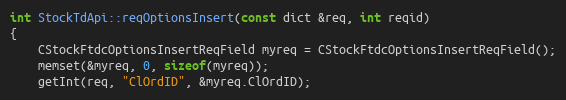
Language: C++
int StockTdApi::reqOptionsInsert(const dict &req, int reqid)
{
	CStockFtdcOptionsInsertReqField myreq = CStockFtdcOptionsInsertReqField();
	memset(&myreq, 0, sizeof(myreq));
	getInt(req, "ClOrdID", &myreq.ClOrdID);